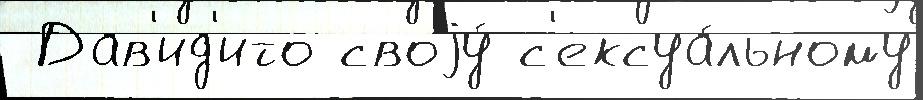
 Дав'ид'ито своjу́ с'ексуа́льному